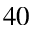
4 0